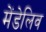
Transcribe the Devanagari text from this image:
मेंडेलिव